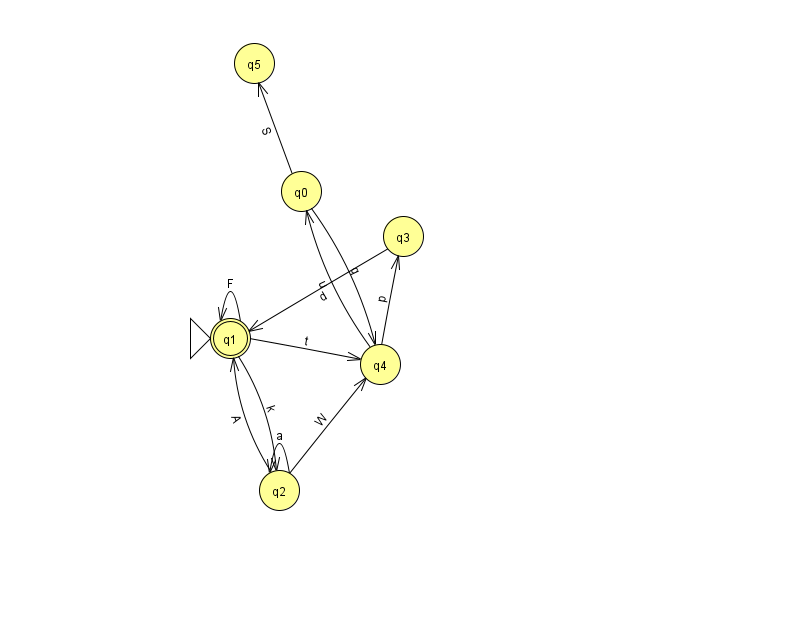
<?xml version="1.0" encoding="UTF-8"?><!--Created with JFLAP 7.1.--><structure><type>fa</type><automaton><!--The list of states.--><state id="0" name="q0"><x>301.0</x><y>178.0</y></state><state id="1" name="q1"><x>230.0</x><y>325.0</y><initial/><final/></state><state id="2" name="q2"><x>279.0</x><y>477.0</y></state><state id="3" name="q3"><x>403.0</x><y>223.0</y></state><state id="4" name="q4"><x>380.0</x><y>351.0</y></state><state id="5" name="q5"><x>254.0</x><y>50.0</y></state><!--The list of transitions.--><transition><from>1</from><to>2</to><read>k</read></transition><transition><from>2</from><to>2</to><read>a</read></transition><transition><from>0</from><to>5</to><read>S</read></transition><transition><from>4</from><to>3</to><read>p</read></transition><transition><from>2</from><to>4</to><read>W</read></transition><transition><from>1</from><to>1</to><read>F</read></transition><transition><from>0</from><to>4</to><read>q</read></transition><transition><from>3</from><to>1</to><read>d</read></transition><transition><from>2</from><to>1</to><read>A</read></transition><transition><from>1</from><to>4</to><read>t</read></transition><transition><from>4</from><to>0</to><read>u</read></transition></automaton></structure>